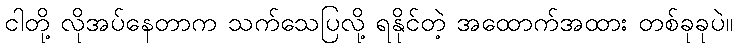
ငါတို့ လိုအပ်နေတာက သက်သေပြလို့ ရနိုင်တဲ့ အထောက်အထား တစ်ခုခုပဲ။